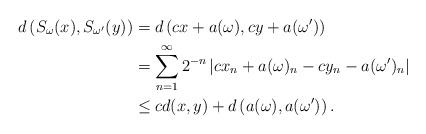
\begin{align*} d\left(S_\omega(x), S_{\omega^\prime}(y)\right) & = d\left(c x + a(\omega), c y+ a(\omega^\prime)\right) \\ & = \sum_{n=1}^\infty 2^{-n} \left|c x_n + a(\omega)_n - c y_n - a(\omega^\prime)_n\right| \\ & \leq c d(x, y) + d\left(a(\omega), a(\omega^\prime)\right).\end{align*}